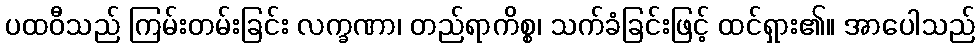
ပထဝီသည် ကြမ်းတမ်းခြင်း လက္ခဏာ၊ တည်ရာကိစ္စ၊ သက်ခံခြင်းဖြင့် ထင်ရှား၏။ အာပေါသည်